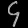
Digit: ၄